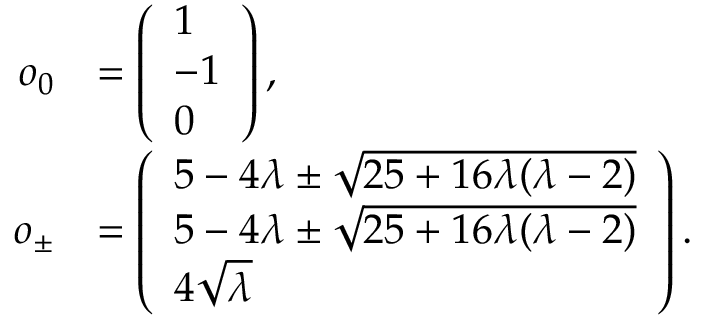
\begin{array} { r l } { \boldsymbol { o } _ { 0 } } & { = \left( \begin{array} { l } { 1 } \\ { - 1 } \\ { 0 } \end{array} \right) , } \\ { \boldsymbol { o } _ { \pm } } & { = \left( \begin{array} { l } { 5 - 4 \lambda \pm \sqrt { 2 5 + 1 6 \lambda ( \lambda - 2 ) } } \\ { 5 - 4 \lambda \pm \sqrt { 2 5 + 1 6 \lambda ( \lambda - 2 ) } } \\ { 4 \sqrt { \lambda } } \end{array} \right) . } \end{array}